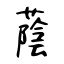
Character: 蔭